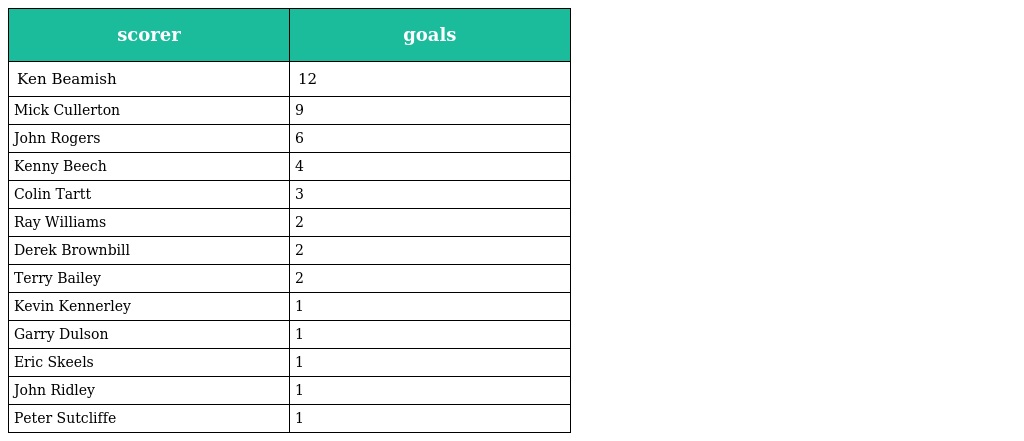
| scorer | goals |
 | --- | --- |
 | Ken Beamish | 12 |
 | Mick Cullerton | 9 |
 | John Rogers | 6 |
 | Kenny Beech | 4 |
 | Colin Tartt | 3 |
 | Ray Williams | 2 |
 | Derek Brownbill | 2 |
 | Terry Bailey | 2 |
 | Kevin Kennerley | 1 |
 | Garry Dulson | 1 |
 | Eric Skeels | 1 |
 | John Ridley | 1 |
 | Peter Sutcliffe | 1 |